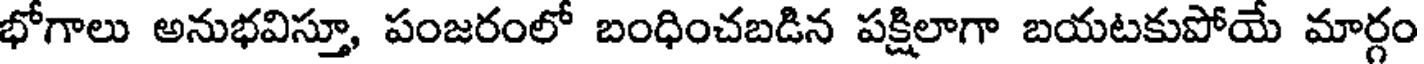
భోగాలు అనుభవిస్తూ, పంజరంలో బంధించబడిన పక్షిలాగా బయటకుపోయే మార్గం